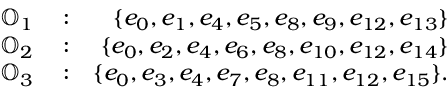
\begin{array} { r l r } { \mathbb { O } _ { 1 } } & { { } : } & { \{ e _ { 0 } , e _ { 1 } , e _ { 4 } , e _ { 5 } , e _ { 8 } , e _ { 9 } , e _ { 1 2 } , e _ { 1 3 } \} } \\ { \mathbb { O } _ { 2 } } & { { } : } & { \{ e _ { 0 } , e _ { 2 } , e _ { 4 } , e _ { 6 } , e _ { 8 } , e _ { 1 0 } , e _ { 1 2 } , e _ { 1 4 } \} } \\ { \mathbb { O } _ { 3 } } & { { } : } & { \{ e _ { 0 } , e _ { 3 } , e _ { 4 } , e _ { 7 } , e _ { 8 } , e _ { 1 1 } , e _ { 1 2 } , e _ { 1 5 } \} . } \end{array}